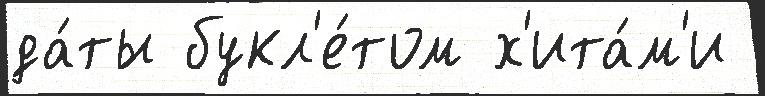
да́ты букл'е́том х'ита́м'и